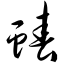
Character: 蝽